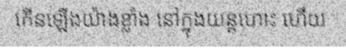
កើនឡើងយ៉ាងខ្លាំង នៅក្នុងយន្តហោះ ហើយ